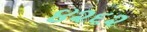
૪૨૬૨